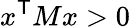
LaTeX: x^{\textsf{T}}Mx>0